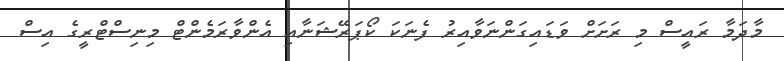
މާދަމާ ރައީސް މި ރަށަށް ވަޑައިގަންނަވާއިރު ފެނަކަ ކޯޕަރޭޝަނާއި އެންވާރަމެންޓް މިނިސްޓްރީގެ އިސް